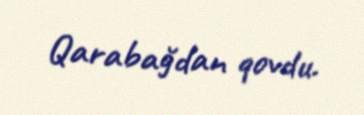
Qarabağdan qovdu.